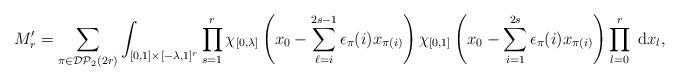
LaTeX: \begin{align*} M'_{r}=\sum_{\pi \in \mathcal{DP}_2(2 r)} \int_{[0,1] \times [-\lambda,1]^{r}} \prod_{s=1}^{r} \chi_{[0,\lambda]}\left(x_0- \sum_{\ell=i}^{2s-1} \epsilon_\pi(i) x_{\pi(i)}\right)\chi_{[0,1]}\left( x_0- \sum_{i=1}^{2s} \epsilon_\pi(i) x_{\pi(i)}\right) \prod_{l=0}^{r} \mathrm{~d} x_l,\end{align*}